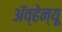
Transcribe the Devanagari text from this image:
अॅव्हेन्यू